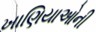
ખાણિયાઓની